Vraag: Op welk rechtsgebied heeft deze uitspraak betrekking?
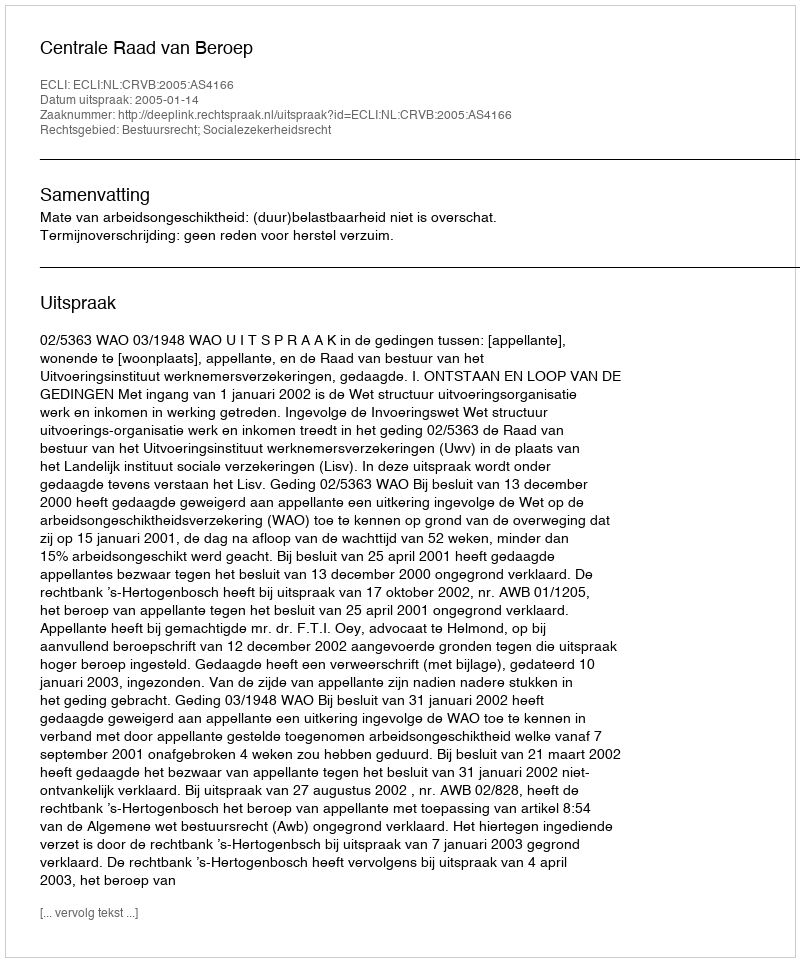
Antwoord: Bestuursrecht; Socialezekerheidsrecht